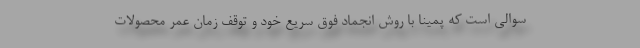
سوالی است که پمینا با روش انجماد فوق سریع خود و توقف زمان عمر محصولات